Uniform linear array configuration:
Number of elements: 32
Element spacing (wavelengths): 1
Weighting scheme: exponential
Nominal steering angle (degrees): -30
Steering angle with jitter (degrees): -30.296
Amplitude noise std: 0.05
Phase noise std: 0.05

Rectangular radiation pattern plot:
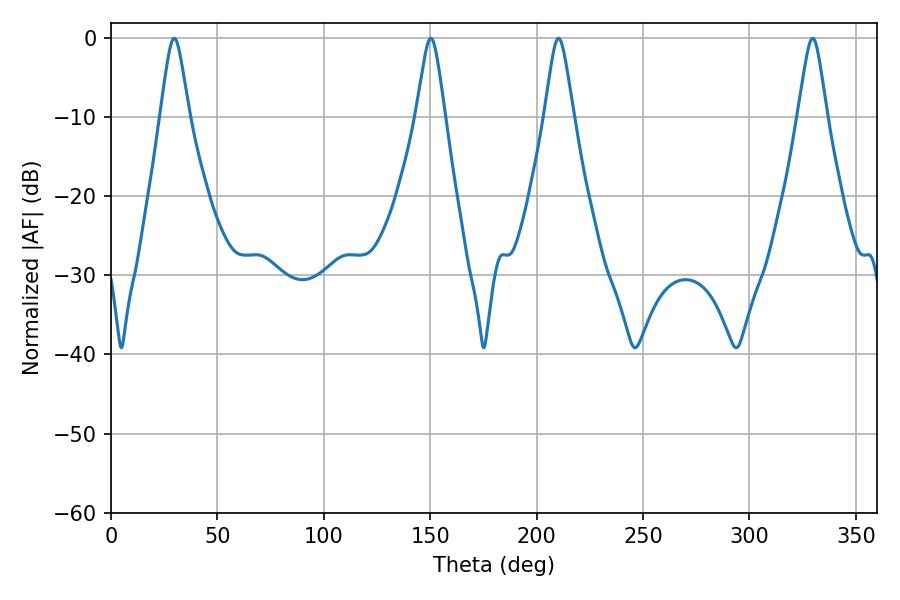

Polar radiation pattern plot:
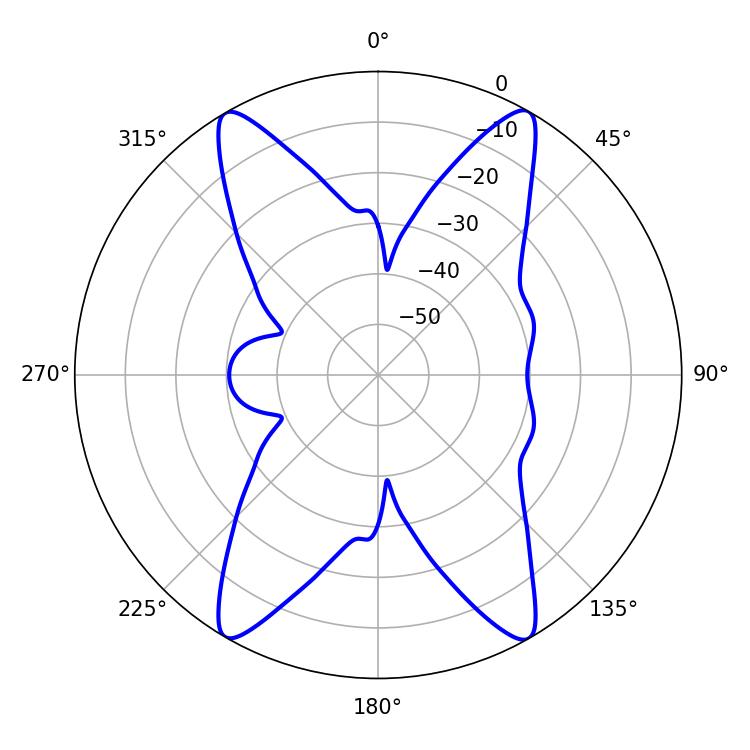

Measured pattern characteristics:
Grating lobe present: TRUE
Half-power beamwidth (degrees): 6.3
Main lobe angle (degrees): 150.3